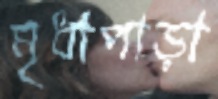
মৃধাপাড়া